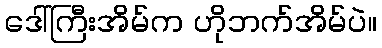
ဒေါ်ကြီးအိမ်က ဟိုဘက်အိမ်ပဲ။